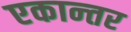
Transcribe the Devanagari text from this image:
एकान्‍तर